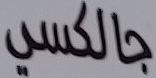
جالكسي